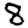
Digit: 8